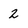
Character: 2